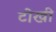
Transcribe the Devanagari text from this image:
टोखी